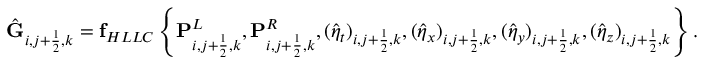
\hat { \mathbf { G } } _ { i , j + \frac { 1 } { 2 } , k } = \mathbf { f } _ { H L L C } \left\{ \mathbf { P } _ { i , j + \frac { 1 } { 2 } , k } ^ { L } , \mathbf { P } _ { i , j + \frac { 1 } { 2 } , k } ^ { R } , ( \hat { \eta } _ { t } ) _ { i , j + \frac { 1 } { 2 } , k } , ( \hat { \eta } _ { x } ) _ { i , j + \frac { 1 } { 2 } , k } , ( \hat { \eta } _ { y } ) _ { i , j + \frac { 1 } { 2 } , k } , ( \hat { \eta } _ { z } ) _ { i , j + \frac { 1 } { 2 } , k } \right\} .